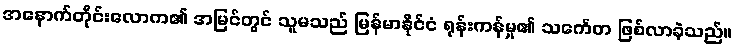
အနောက်တိုင်းလောက၏ အမြင်တွင် သူမသည် မြန်မာနိုင်ငံ ရုန်းကန်မှု၏ သင်္ကေတ ဖြစ်လာခဲ့သည်။